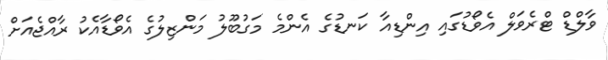
ވާލްޑް ޓްރެވަލް އެވޯޑުގައި އިންޑިއާ ކަނޑުގެ އެންމެ މަގުބޫލު މަންޒިލުގެ އެވޯޑާއެކު ރާއްޖެއަށް